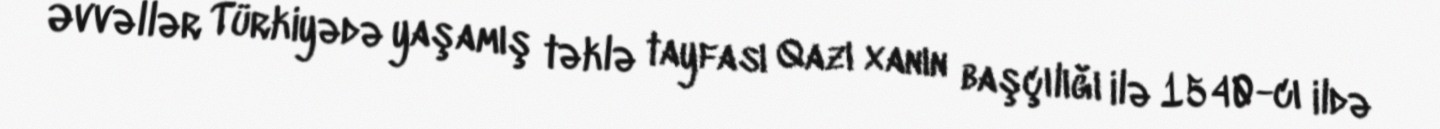
Əvvəllər Türkiyədə yaşamış təklə tayfası Qazı xanın başçılığı ilə 1540-cı ildə